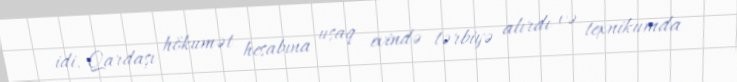
idi. Qardaşı hökumət hesabına uşaq evində tərbiyə alırdı və texnikumda